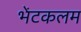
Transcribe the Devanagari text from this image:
भेंटकलम